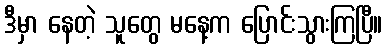
ဒီမှာ နေတဲ့ သူတွေ မနေ့က ပြောင်းသွားကြပြီ။